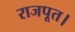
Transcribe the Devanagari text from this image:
राजपूत।